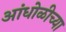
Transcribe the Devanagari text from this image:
आंधोळीच्या